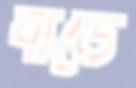
বার্ডে